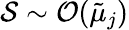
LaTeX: \mathcal{S}\sim\mathcal{O}(\tilde{\mu}_{j})